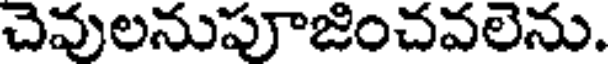
చెవులనుపూజించవలెను.